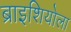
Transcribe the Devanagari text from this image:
ब्राइशियोला